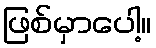
ဖြစ်မှာပေါ့။